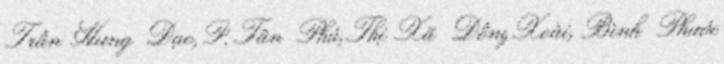
Trần Hưng Đạo, P. Tân Phú, Thị Xã Đồng Xoài, Bình Phước